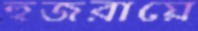
হুজরায়ে